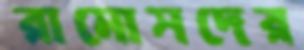
রামোসদের